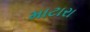
માટારા